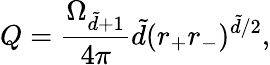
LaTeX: Q=\frac{\Omega_{\tilde{d}+1}}{4\pi}\tilde{d}(r_{+}r_{-})^{\tilde{d}/2},